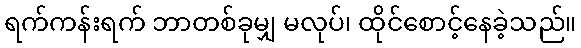
ရက်ကန်းရက် ဘာတစ်ခုမျှ မလုပ်၊ ထိုင်စောင့်နေခဲ့သည်။